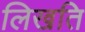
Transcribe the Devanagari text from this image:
लिखति